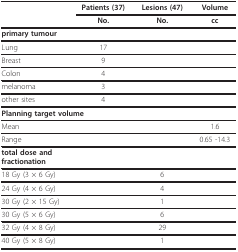
<table><thead><tr><td></td><td><b>Patients (37)</b></td><td><b>Lesions (47)</b></td><td><b>Volume</b></td></tr><tr><td></td><td><b>No.</b></td><td><b>No.</b></td><td><b>cc</b></td></tr></thead><tbody><tr><td><b>primary tumour</b></td><td></td><td></td><td></td></tr><tr><td>Lung</td><td>17</td><td></td><td></td></tr><tr><td>Breast</td><td>9</td><td></td><td></td></tr><tr><td>Colon</td><td>4</td><td></td><td></td></tr><tr><td>melanoma</td><td>3</td><td></td><td></td></tr><tr><td>other sites</td><td>4</td><td></td><td></td></tr><tr><td colspan="2"><b>Planning target volume</b></td><td></td><td></td></tr><tr><td>Mean</td><td></td><td></td><td>1.6</td></tr><tr><td>Range</td><td></td><td></td><td>0.65 -14.3</td></tr><tr><td colspan="2"><b>total dose and</b><b>fractionation</b></td><td></td><td></td></tr><tr><td>18 Gy (3 × 6 Gy)</td><td></td><td>6</td><td></td></tr><tr><td>24 Gy (4 × 6 Gy)</td><td></td><td>4</td><td></td></tr><tr><td>30 Gy (2 × 15 Gy)</td><td></td><td>1</td><td></td></tr><tr><td>30 Gy (5 × 6 Gy)</td><td></td><td>6</td><td></td></tr><tr><td>32 Gy (4 × 8 Gy)</td><td></td><td>29</td><td></td></tr><tr><td>40 Gy (5 × 8 Gy)</td><td></td><td>1</td><td></td></tr></tbody></table>